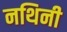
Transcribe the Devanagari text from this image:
नथिनी